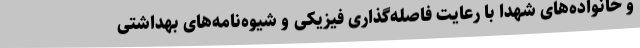
و خانواده‌های شهدا با رعایت فاصله‌گذاری فیزیکی و شیوه‌نامه‌های بهداشتی